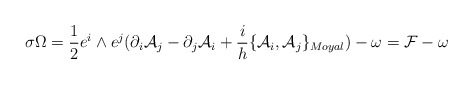
\begin{align*}\sigma \Omega=\frac{1}{2} e^{i}\wedge e^{j}(\partial_{i}{\cal {A}}_{j} - \partial_{j}{\cal {A}}_{i} + \frac{i}{h}\{{\cal {A}}_{i},{\cal{A}}_{j}\}_{Moyal}) - \omega = {\cal {F}} - \omega\end{align*}